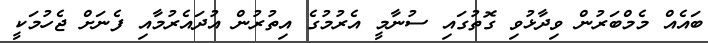
ބައެއް މެމްބަރުން ވިދާޅުވި ގޮތުގައި ސުނާމީ އެރުމުގެ އިތުރުން އުދައެރުމާއި ފެނަށް ޖެހުމަކީ